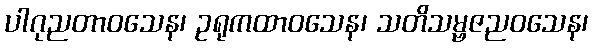
ပါဂုညတာဝသေန၊ ဥရုကထာဝသေန၊ သတိသမ္ဗဇညဝသေန၊